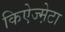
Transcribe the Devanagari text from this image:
किऐज्म़ेटा